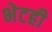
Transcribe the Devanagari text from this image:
भेटही